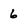
Character: 6